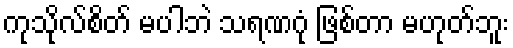
ကုသိုလ်စိတ် မပါဘဲ သရဏဂုံ ဖြစ်တာ မဟုတ်ဘူး